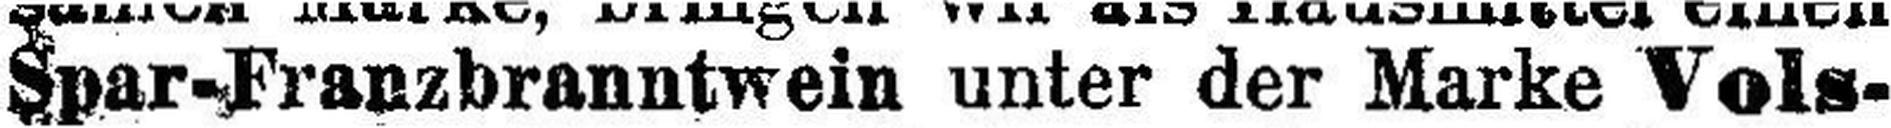
Spar-Franzbranntwein unter der Marke Vols¬